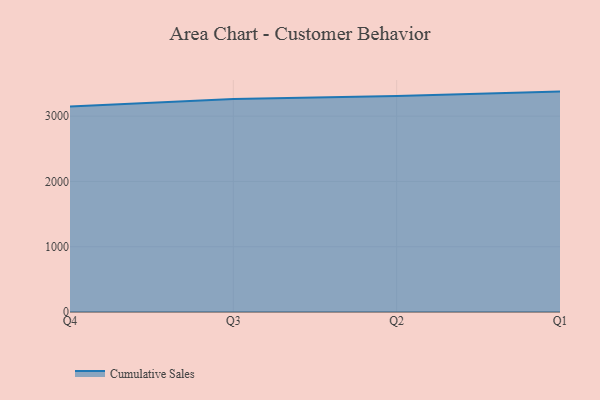
{"axis": {"x": "Quarter", "y": "Website Visitors"}, "legend": ["Cumulative Sales"], "data": [{"x": "Q4", "y": 3147.8, "type": "Cumulative Sales"}, {"x": "Q3", "y": 3261.2, "type": "Cumulative Sales"}, {"x": "Q2", "y": 3307.5, "type": "Cumulative Sales"}, {"x": "Q1", "y": 3376.4, "type": "Cumulative Sales"}]}